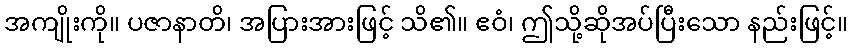
အကျိုးကို။ ပဇာနာတိ၊ အပြားအားဖြင့် သိ၏။ ဧဝံ၊ ဤသို့ဆိုအပ်ပြီးသော နည်းဖြင့်။